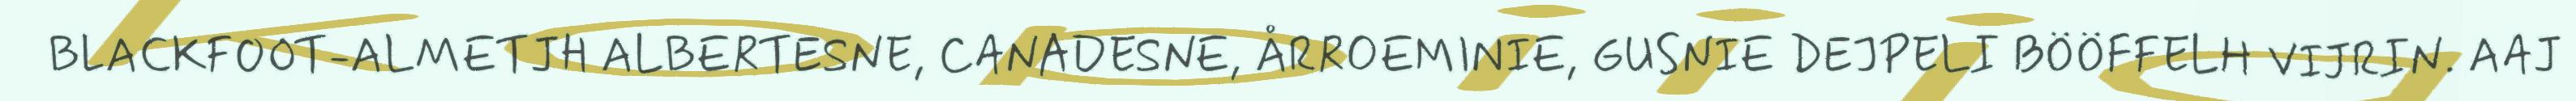
BLACKFOOT-ALMETJH ALBERTESNE, CANADESNE, ÅRROEMINIE, GUSNIE DEJPELI BÖÖFFELH VIJRIN. AAJ